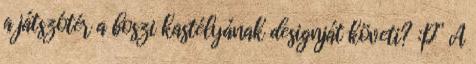
a játszótér a boszi kastélyának designját követi? :P” A